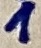
Text: 1